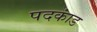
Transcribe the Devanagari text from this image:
पदकांड